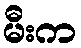
မီးက